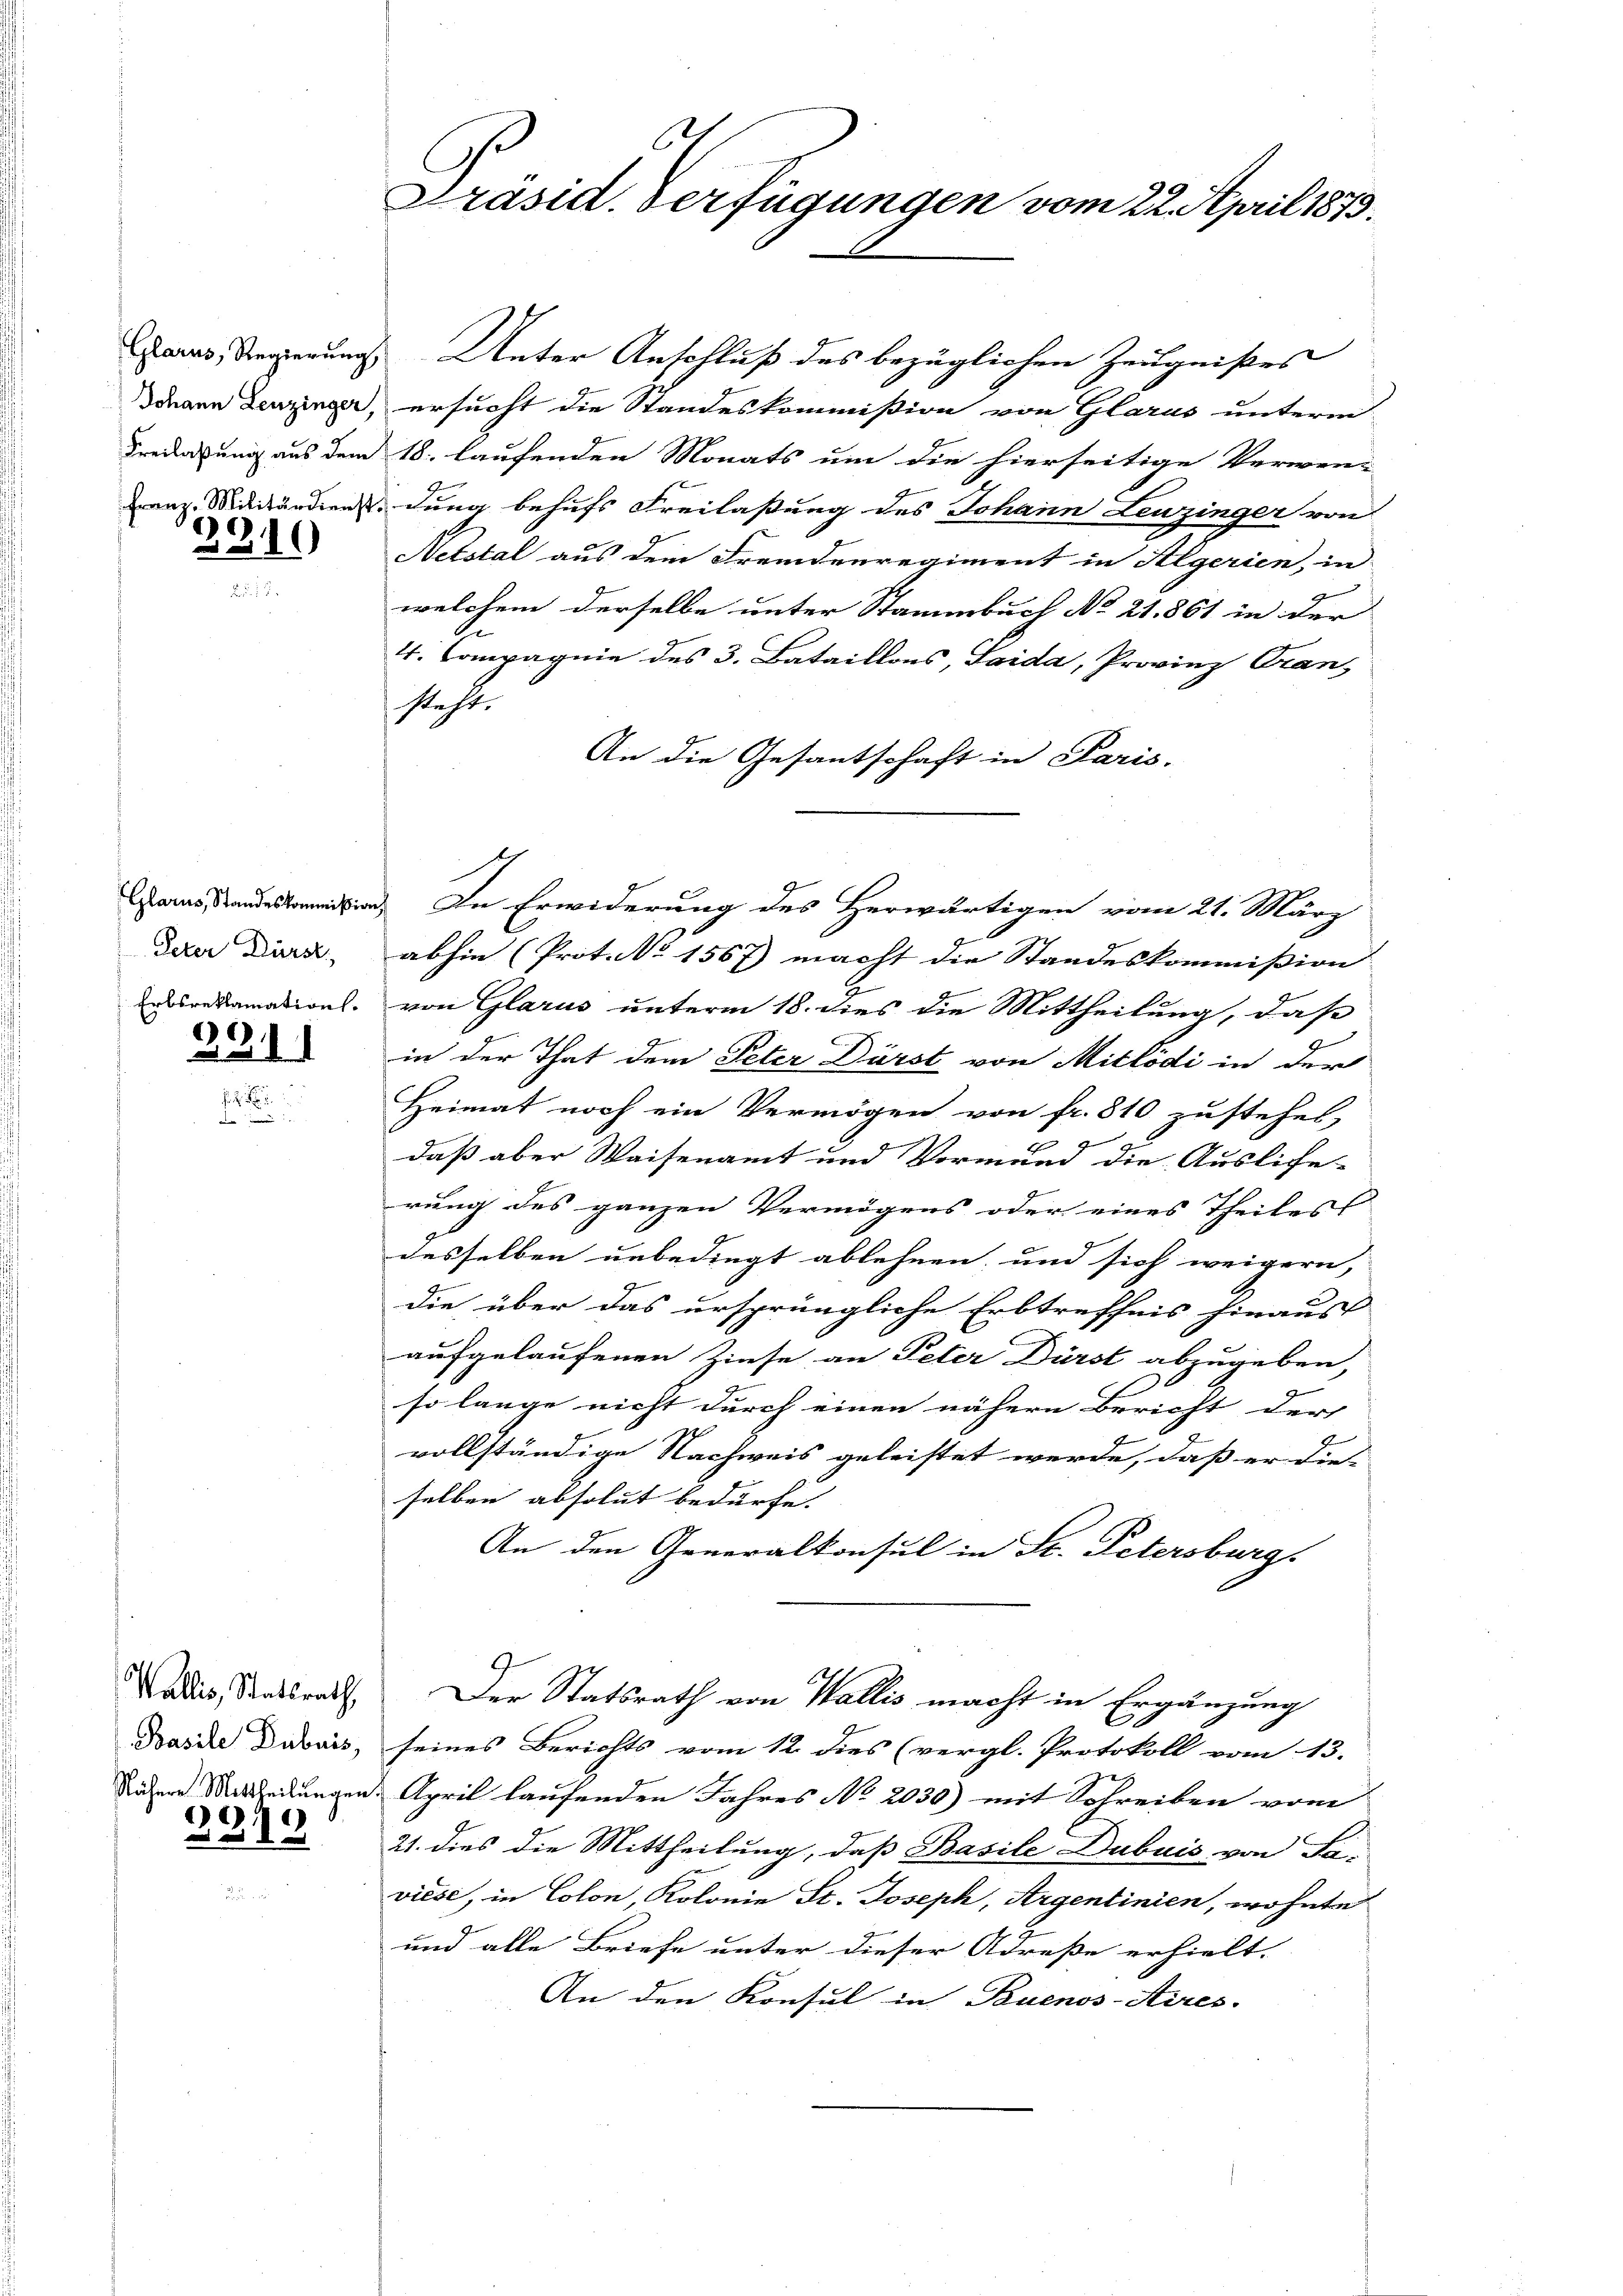
9916)
.
d

Peter Dürst
c

a
4

Wallis, Stadtrath,
Basile Dubuis,
Nähere Mittheilungen
)

22

E
Präsid. Verfügungen vom 22. April 1873.

ans, Reperungs Unter Anschluß des bezüglichen Zeugnißes
dmann Lenzinger, ersucht die Standeskommission von Glarus unterm
Bredatung aus dem 18. laufenden Monats um die hierseitige Verwen-
Franz. Militärdiendung behufs Freilaßung des Johann Leuzinger von
Netstal aus dem Fremdenregiment in Algerien, in
welchem derselbe unter Stammbuch No 21. 861 in der
4. Compagnie des 3. Bataillons, Saida, Provinz Franz
steht.
An die Gesantschaft in Paris.
in. In Erwiderung des Herwärtigen vom 21. März
abhin (Prot. No 1567) macht die Standeskommission
redamations, von Glarus unterm 18. dies die Mittheilung, daß
in der That dem Peter Dürst von Mitlödi in der
Heimat noch ein Vermögen von fr. 810 zustehet,
daß aber Waisenamt und Vormund die Auslife-
rung des ganzen Vermögens oder eines Theiles |
desselben unbedingt ablehnen, und sich weigern,
die über das ursprüngliche Erbtreffnis hinaust
aufgelaufenen Zinse an Peter Dürst abzugeben,
E
so lange nicht durch einen nähern Bericht der
vollständige Nachweis geleistet werde, daß er die-
selben absolut bedürfe.
An den Generalkonsul in St. Petersburg,
Der Statsrath von Wallis macht in Ergänzung
seines Berichts vom 12. dies (vergl. Protokoll vom 13.
. April laufenden Jahres No 2030) mit Schreiben vom
21. dies die Mittheilung, daß Basile Dubuis von Fa-
viese, in Colon, Kolonie St. Joseph, Argentinien, wohnte
und alle Briefe unter dieser Adresse erhielt.
An den Konsul in Buenos-Aires.